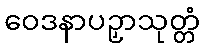
ဝေဒနာပဉှာသုတ္တံ